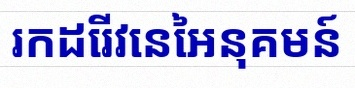
រកដេរីវេនៃអនុគមន៍